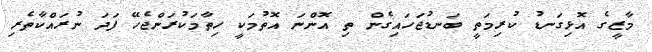
މާޒީގެ އޮޅިގަނޑު ކުރިމަތީ ބަނޑުޖަހައިގެން ތި އޮންނަ އޮތުމަކީ ހިތާމަކުރަންޖެހޭ ފަދަ ނުރައްކާތެރި